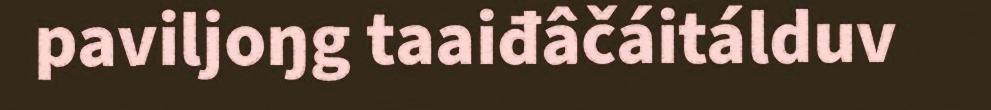
paviljoŋg taaiđâčáitálduv